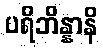
ပရိဘိန္နာနိ